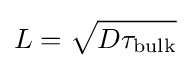
L={\sqrt {D\tau _{\mathrm {bulk} }}}